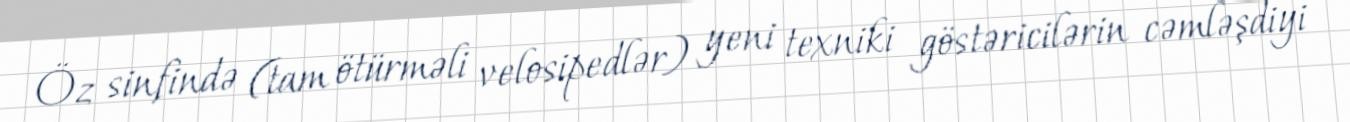
Öz sinfində (tam ötürməli velosipedlər) yeni texniki göstəricilərin cəmləşdiyi